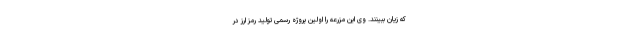
که زیان ببینند. وی این مزرعه را اولین پروژه رسمی تولید رمز ارز در